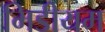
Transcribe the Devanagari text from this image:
मिडीयम